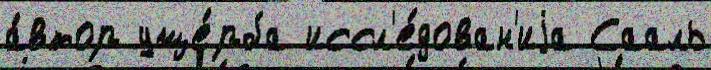
а́втор уще́рба иссл'е́дован'иjа Сааль